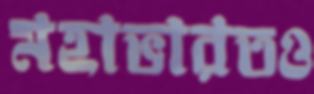
মহাভারতও